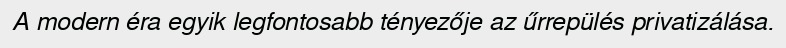
A modern éra egyik legfontosabb tényezője az űrrepülés privatizálása.